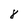
Character: 8